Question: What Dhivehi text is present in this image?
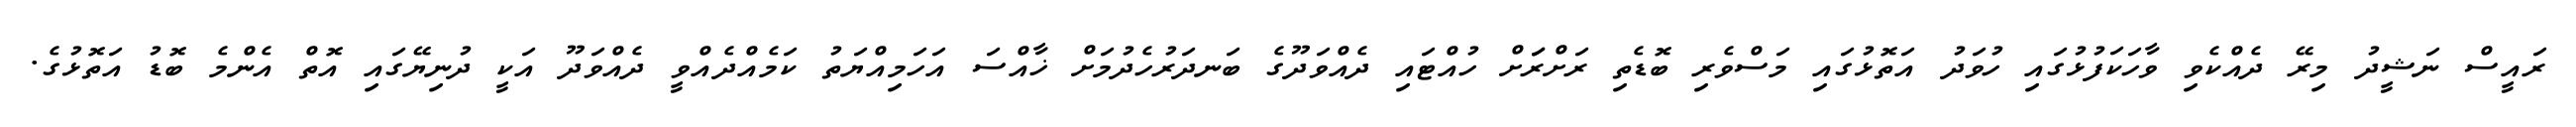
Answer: ރައީސް ނަޝީދު މިރޭ ދެއްކެވި ވާހަކަފުޅުގައި ހުވަދު އަތޮޅުގައި މަސްވެރި ބޮޑެތި ރަށްރަަށް ހުއްޓައި ދެއްވަދޫގެ ބަނދަރުހެދުމަށް ޚާއްސަ އަހަމިއްޔަތު ކަމެއްދެއްވީ ދެއްވަދޫ އަކީ ދުނިޔޭގައި އޮތް އެންމެ ބޮޑު އަތޮޅުގެ.